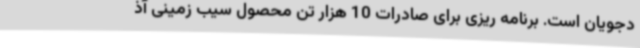
دجویان است. برنامه ریزی برای صادرات 10 هزار تن محصول سیب زمینی آذ